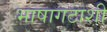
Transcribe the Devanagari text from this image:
भाषागटाशी